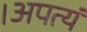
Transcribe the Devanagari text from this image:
।अपत्यं